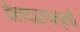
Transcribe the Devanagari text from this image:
बेलदारगल्ली